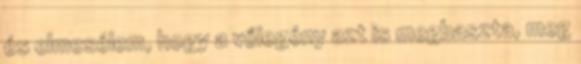
és elmesélem, hogy a vőlegény azt is megbaszta, meg